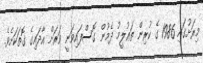
މިރަށުގައި 1986 ގެ ކުރިން ތަޢުލީމު ދެމުން ގޮސްފައިވަނީ ވަރަށް އާދައިގެ ގޮތަކަށެވެ.